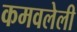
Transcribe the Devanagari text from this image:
कमवलेली